Indian journal of veterinary science and animal husbandry - Volumes 15-17, 1948-1951
Year: 1948
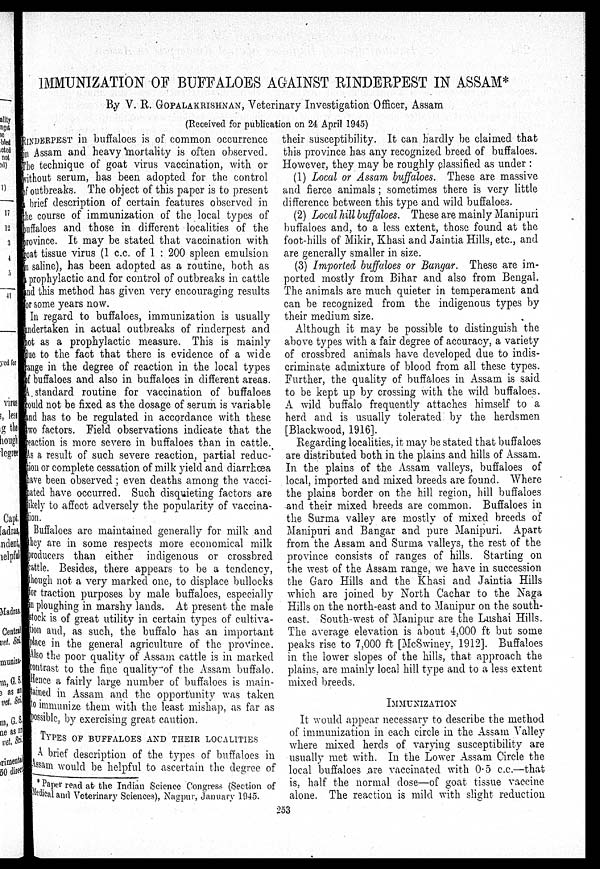
IMMUNIZATION OF BUFFALOES AGAINST RINDEEPEST IN ASSAM*
By V. R. GOPALAKRISHNAN, Veterinary Investigation Officer, Assam
(Received for publication on 24 April 1945)
RINDERPEST in buffaloes is of common occurrence
in Assam and heavy mortality is often observed.
The technique of goat virus vaccination, with or
without serum, has been adopted for the control
of outbreaks. The object of this paper is to present
a brief description of certain features observed in
the course of immunization of the local types of
buffaloes and those in different localities of the
province. It may be stated that vaccination with
goat tissue virus (1 c.c. of 1 : 200 spleen emulsion
i n saline), has been adopted as a routine, both as
a prophylactic and for control of outbreaks in cattle
and this method has given very encouraging results
for some years now.
In regard to buffaloes, immunization is usually
undertaken in actual outbreaks of rinderpest and
not as a prophylactic measure. This is mainly
lue to the fact that there is evidence of a wide
ange in the degree of reaction in the local types
of buffaloes and also in buffaloes in different areas.
A. standard routine for vaccination of buffaloes
could not be fixed as the dosage of serum is variable
and has to be regulated in accordance with these
t wo factors. Field observations indicate that the
reaction is more severe in buffaloes than in cattle.
As a result of such severe reaction, partial reduc-
tion or complete cessation of milk yield and diarrhœa
have been observed ; even deaths among the vacci-
-ated have occurred. Such disquieting factors are
likely to affect adversely the popularity of vaccina-
tion.
Buffaloes are maintained generally for milk and
they are in some respects more economical milk
producers than either indigenous or crossbred
cattle. Besides, there appears to be a tendency,
though not a very marked one, to displace bullocks
for traction purposes by male buffaloes, especially
in ploughing in marshy lands. At present the male
stock is of great utility in certain types of cultiva-
tion and, as such, the buffalo has an important
place in the general agriculture of the province.
Al so the poor quality of Assam cattle is in marked
contrast to the fine quality of the Assam buffalo.
Hence a fairly large number of buffaloes is main-
--ined in Assam and the opportunity was taken
to immunize them with the least mishap, as far as
possible, by exercising great caution.
TYPES OF BUFFALOES AND THIER LOCALITIES
A brief description of the types of buffaloes in
Assam would be helpful to ascertain the degree of
their susceptibility. It can hardly be claimed that
this province has any recognized breed of buffaloes.
However, they may be roughly classified as under :
(1) Local or Assam buffaloes. These are massive
and. fierce animals ; sometimes there is very little
difference between this type and wild buffaloes.
(2) Local hill buffaloes. These are mainly Manipuri
buffaloes and, to a less extent, those found at the
foot-hills of Mikir, Khasi and Jaintia Hills, etc., and
are generally smaller in size.
(3) Imported buffaloes or Bangar. These are im-
ported mostly from Bihar and also from Bengal.
The animals are much quieter in temperament and
can be recognized from the indigenous types by
their medium size.
Although it may be possible to distinguish the
above types with a fair degree of accuracy, a variety
of crossbred animals have developed due to indis-
criminate admixture of blood from all these types.
Further, the quality of buffaloes in Assam is said
to be kept up by crossing with the wild buffaloes.
A wild buffalo frequently attaches himself to a
herd and is usually tolerated by the herdsmen
[Blackwood, 1916].
Regarding localities, it may be stated that buffaloes
are distributed both in the plains and hills of Assam.
In the plains of the Assam valleys, buffaloes of
local, imported and mixed breeds are found. Where
the plains border on the hill region, hill buffaloes
and their mixed breeds are common. Buffaloes in
the Surma valley are mostly of mixed breeds of
Manipuri and Bangar and pure Manipuri. Apart
from the Assam and Surma valleys, the rest of the
province consists of ranges of hills. Starting on
the west of the Assam range, we have in succession
the Garo Hills and the Khasi and Jaintia Hills
which are joined by North Cachar to the Naga
Hills on the north-east and to Manipur on the south-
east. South-west of Manipur are the Lushai Hills.
The average elevation is about 4,000 ft but some
peaks rise to 7,000 ft [McSwiney, 1912]. Buffaloes
in the lower slopes of the hills, that approach the
plains, are mainly local hill type and to a less extent
mixed breeds.
IMMUNIZATION
It would appear necessary to describe the method
of immunization in each circle in the Assam Valley
where mixed herds of varying susceptibility are
usually met with. In the Lower Assam Circle the
local buffaloes are vaccinated with 0.5 c.c.—that
is, half the normal dose—of goat tissue vaccine
alone. The reaction is mild with slight reduction
*Paper read at the Indian Science Congress (Section of
Medical and Veterinary Sciences), Nagpur, January 1945.
253